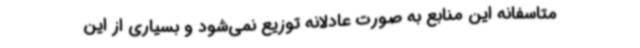
متاسفانه این منابع به صورت عادلانه توزیع نمی‌شود و بسیاری از این